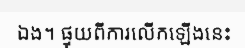
ឯង។ ផ្ទុយពីការលើកឡើងនេះ